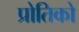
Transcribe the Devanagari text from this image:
प्रोतिको